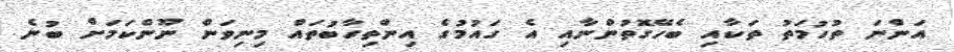
އަންނަ ތުހުމަތު ތަކާއި ބެހޭގޮތުންނާއި އެ ގައުމުގެ އިންތިހާބުތައް މިނިވަން ނޫންކަމަށް ބުނެ